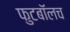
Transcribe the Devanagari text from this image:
फुटबाॅलच